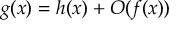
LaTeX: g ( x ) = h ( x ) + O ( f ( x ) )